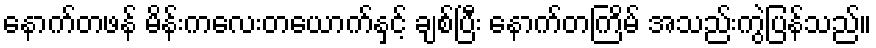
နောက်တဖန် မိန်းကလေးတယောက်နှင့် ချစ်ပြီး နောက်တကြိမ် အသည်းကွဲပြန်သည်။